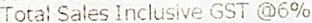
TOTAL SALES INCLUSIVE GST @6%